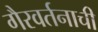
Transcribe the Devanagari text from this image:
गैरवर्तनाची